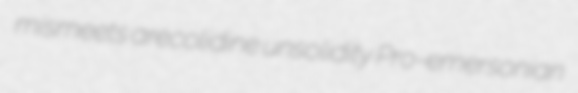
mismeets arecolidine unsolidity Pro-emersonian